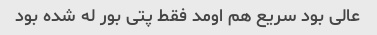
عالی بود سریع هم اومد فقط پتی بور له شده بود